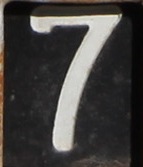
7